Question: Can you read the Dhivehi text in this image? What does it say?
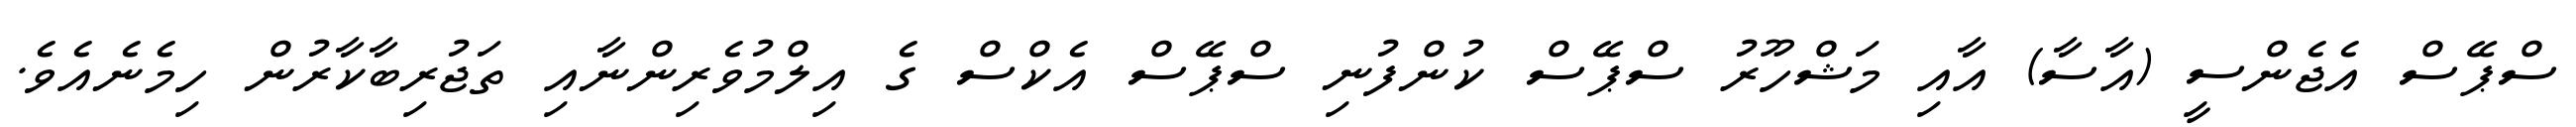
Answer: ސްޕޭސް އެޖެންސީ (އާސާ) އާއި މަޝްހޫރު ސްޕޭސް ކުންފުނި ސްޕޭސް އެކްސް ގެ އިލްމުވެރިންނާއި ތަޖުރިބާކާރުން ހިމެނެއެވެ.